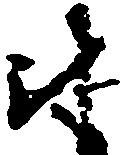
尉